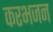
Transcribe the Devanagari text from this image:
करभजन